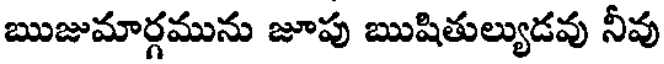
ఋజుమార్గమును జూపు ఋషితుల్యుడవు నీవు